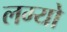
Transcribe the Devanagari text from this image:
लग्यो